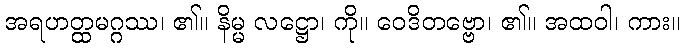
အရဟတ္ထမဂ္ဂဿ၊ ၏။ နိမ္မ လဋ္ဌော၊ ကို။ ဝေဒိတဗ္ဗော၊ ၏။ အထဝါ၊ ကား။